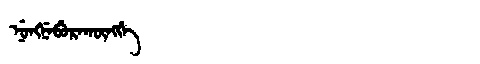
Manchu: ᠨᡠᠩᠨᡝᠪᡠᡵᠠᡴᡡᠩᡤᡝ
Romanization: NUNGNEBURAKŪNGGE